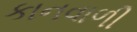
કાનવાળી